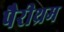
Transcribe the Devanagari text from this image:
पैरीथ्रम